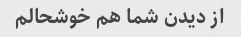
از دیدن شما هم خوشحالم